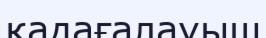
қадағалауыш